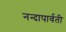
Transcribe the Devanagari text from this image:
नन्दापार्वती